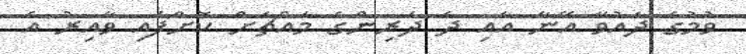
ވުމުގެ ދައުވާ އޭނާ އާއި ދެ ދަރިންގެ މައްޗަށް ކޮށްފައި ވާއިރު އެ